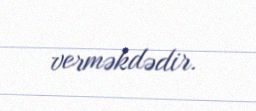
verməkdədir.